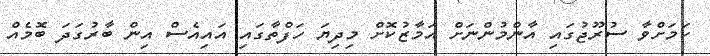
ކަމަށްވާ ސުރޫޖުގައި އާންމުންނަށް އަމާޒުކޮށް މިދިޔަ ހަފްތާގައި އައިއެސް އިން ބާރުގަދަ ބޮމެއް